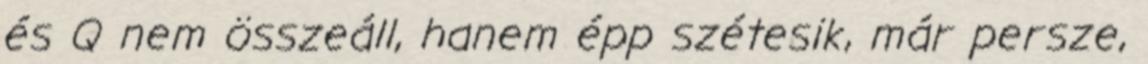
és Q nem összeáll, hanem épp szétesik, már persze,